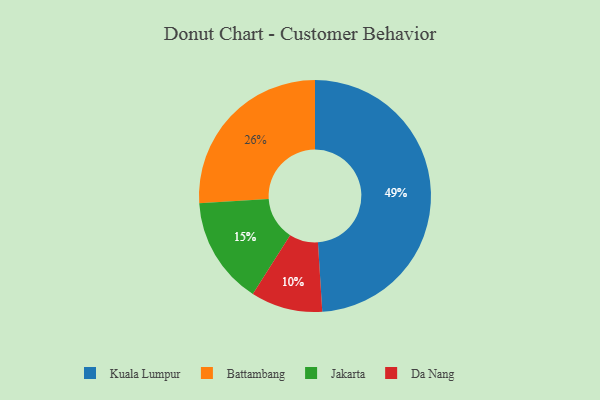
{"axis": {"x": "Category", "y": "Percentage"}, "legend": ["Battambang", "Da Nang", "Jakarta", "Kuala Lumpur"], "data": [{"x": "Da Nang", "y": 10, "type": "Da Nang"}, {"x": "Battambang", "y": 26, "type": "Battambang"}, {"x": "Kuala Lumpur", "y": 49, "type": "Kuala Lumpur"}, {"x": "Jakarta", "y": 15, "type": "Jakarta"}]}